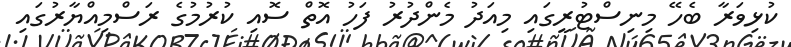
ކުޅިވަރާ ބެހޭ މިނިސްޓުރީގައި މިއަދު މެންދުރު ފަހު އޮތް ސޮއި ކުރުމުގެ ރަސްމިއްޔާރުގައި